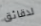
لدقائق